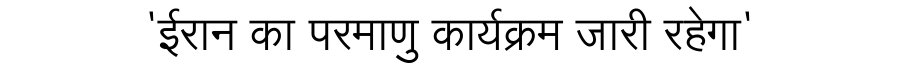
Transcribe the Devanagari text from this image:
'ईरान का परमाणु कार्यक्रम जारी रहेगा'